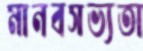
মানবসভ্যতা